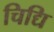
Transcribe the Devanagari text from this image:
चिद्यि